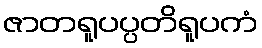
ဇာတရူပပ္ပတိရူပကံ